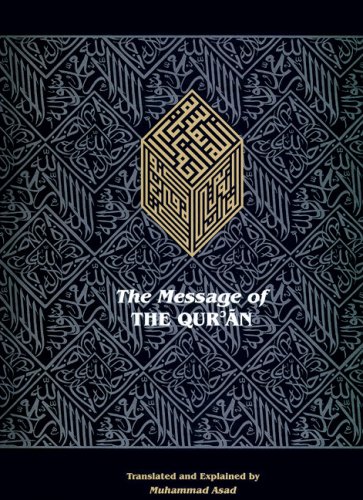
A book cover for The Message of the Qur'an: The full account of the revealed Arabic text accompanied by parallel transliteration (English and Arabic Edition); Religion & Spirituality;